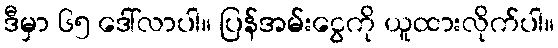
ဒီမှာ ၆၅ ဒေါ်လာပါ။ ပြန်အမ်းငွေကို ယူထားလိုက်ပါ။